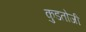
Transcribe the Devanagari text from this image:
कुडतोजी